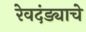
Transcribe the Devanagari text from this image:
रेवदंड्याचे